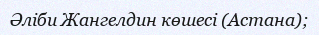
Әліби Жангелдин көшесі (Астана);